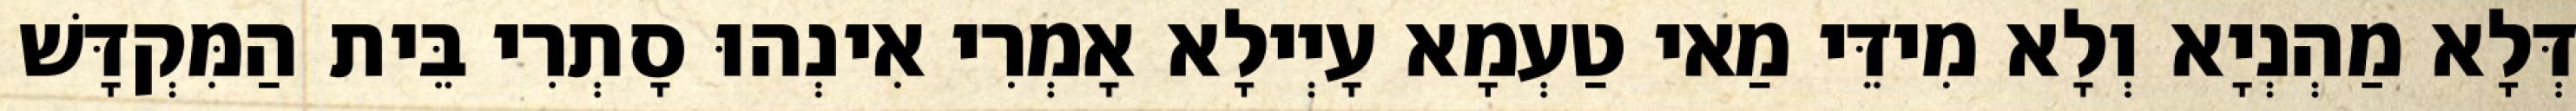
דְּלָא מַהְנְיָא וְלָא מִידֵּי מַאי טַעְמָא עָיְילָא אָמְרִי אִינְהוּ סָתְרִי בֵּית הַמִּקְדָּשׁ